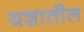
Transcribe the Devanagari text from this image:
यशातील